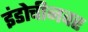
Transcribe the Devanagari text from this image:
इंडोचीनवर